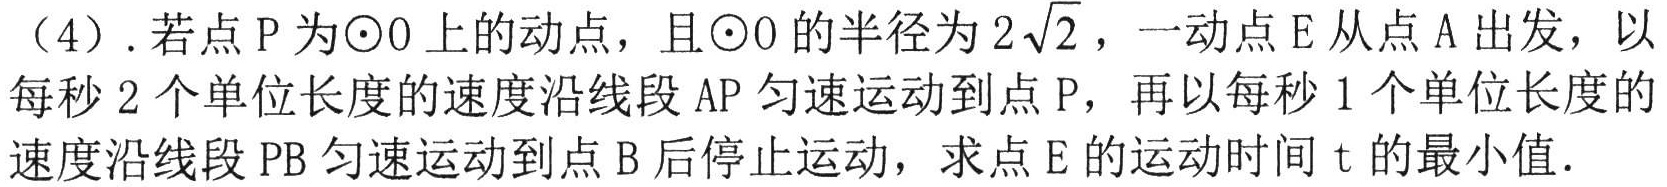
（4）.若点\(P\)为\(\odot O\)上的动点，且\(\odot O\)的半径为\(2\sqrt{2}\)，一动点\(E\)从点\(A\)出发，以每秒\(2\)个单位长度的速度沿线段\(AP\)匀速运动到点\(P\)，再以每秒\(1\)个单位长度的速度沿线段\(PB\)匀速运动到点\(B\)后停止运动，求点\(E\)的运动时间\(t\)的最小值.